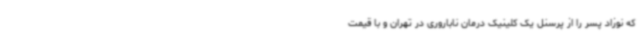
که نوزاد پسر را از پرسنل یک کلینیک درمان ناباروری در تهران و با قیمت